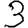
Digit: 3